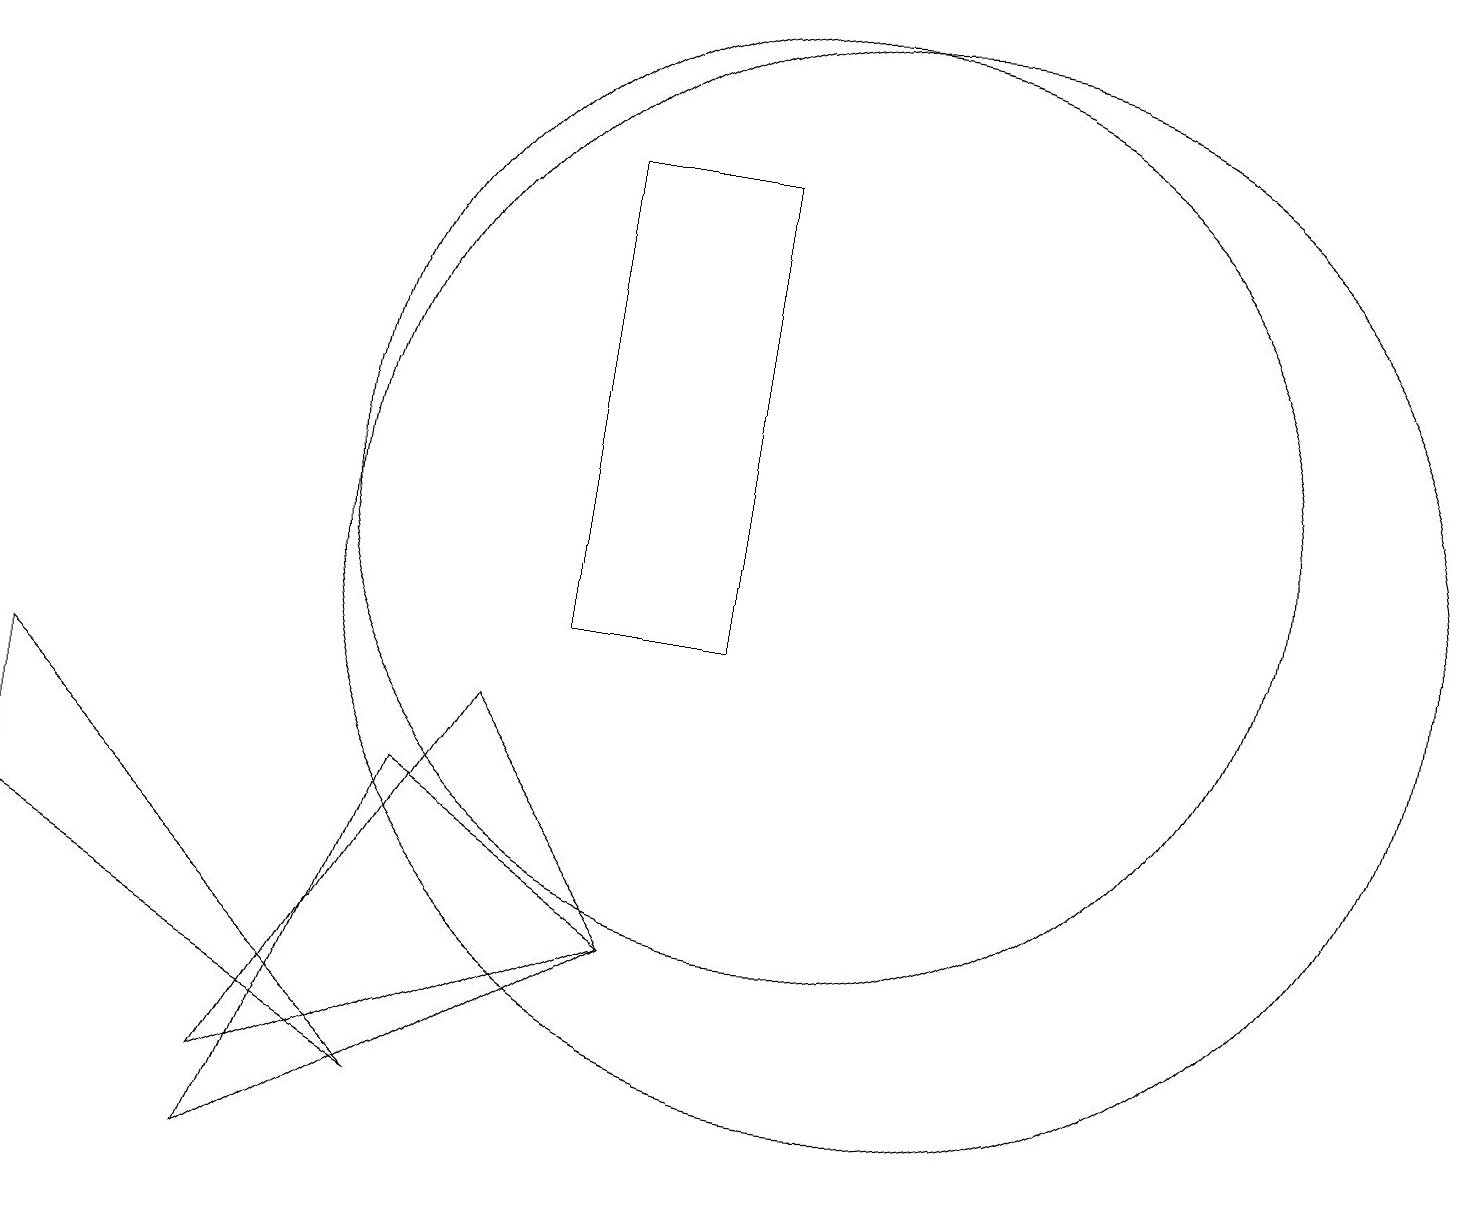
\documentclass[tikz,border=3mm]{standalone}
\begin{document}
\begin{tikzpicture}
\draw (0,9) -- (5,4) -- (0,7) -- cycle;
\draw (11,11) circle (7);
\draw (8,6) -- (3,3) -- (5,8) -- cycle;
\draw (9,10) rectangle (7,16);
\draw (8,6) -- (6,9) -- (3,4) -- cycle;
\draw (10,12) circle (6);
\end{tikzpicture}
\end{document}